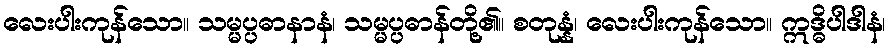
လေးပါးကုန်သော။ သမ္မပ္ပဓာနာနံ၊ သမ္မပ္ပဓာန်တို့၏။ စတုန္နံ၊ လေးပါးကုန်သော။ ဣဒ္ဓိပါဒါနံ၊